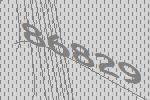
86829